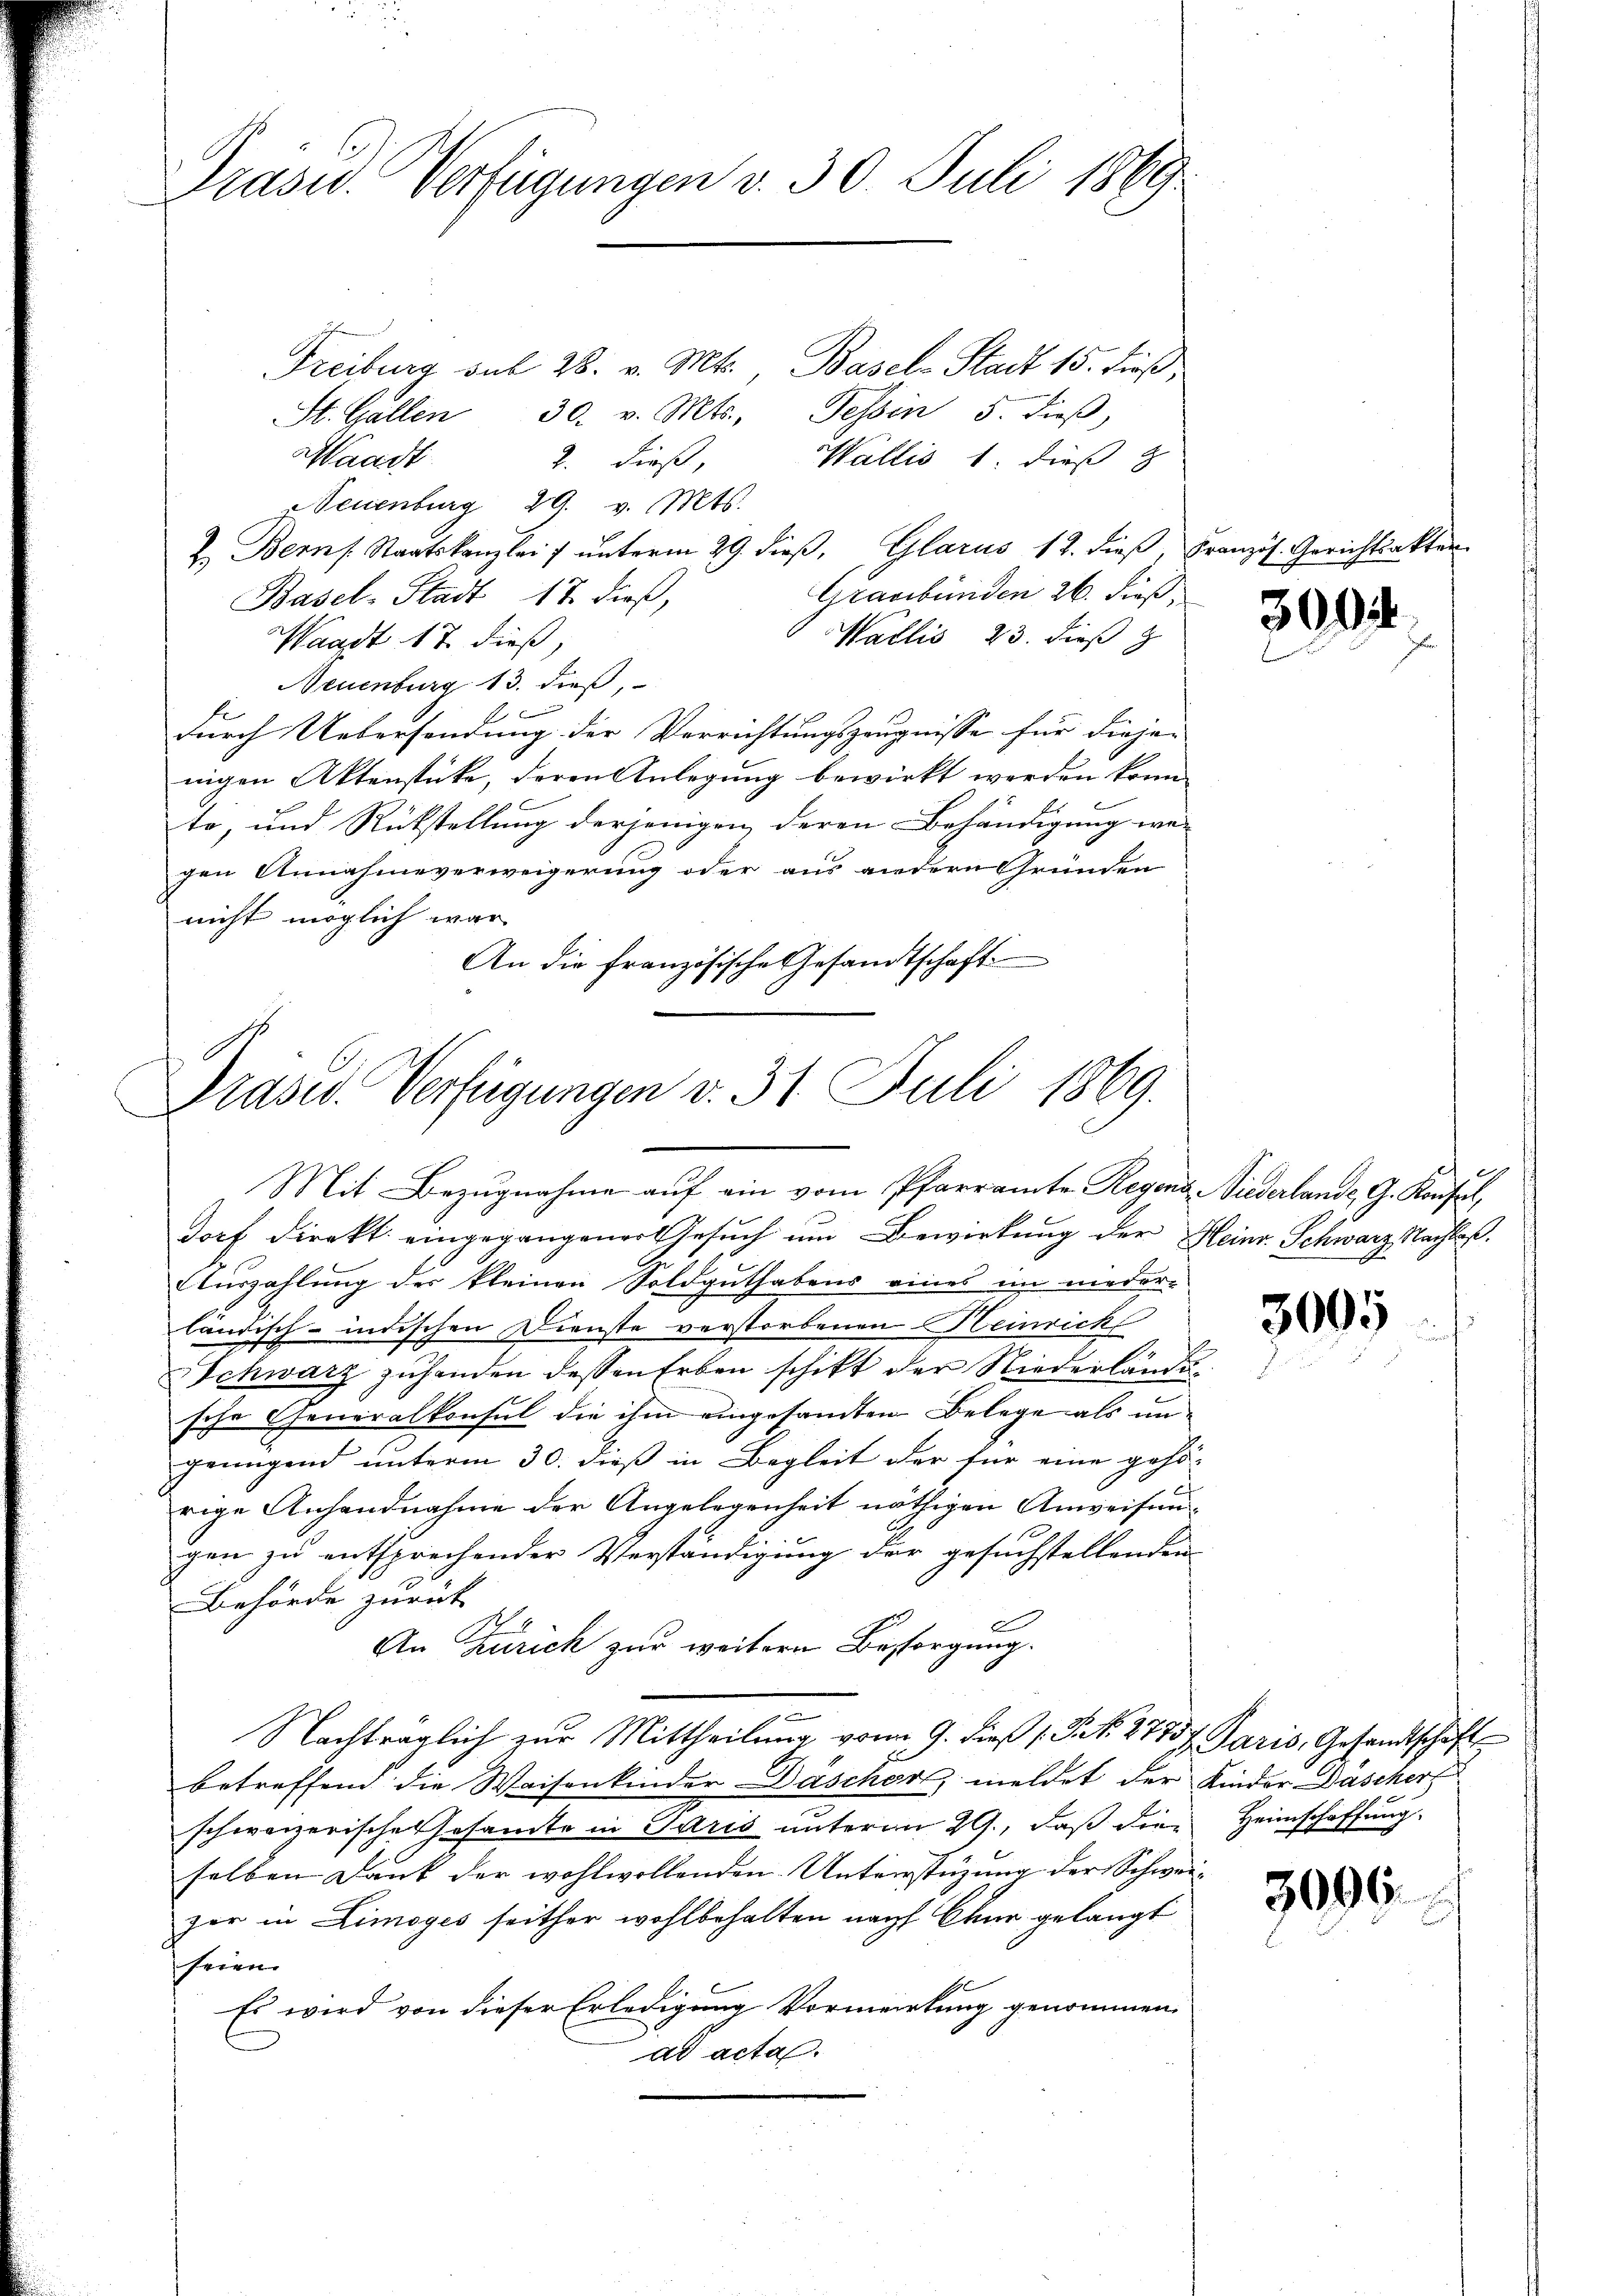
Präsid. Verfügungen v. 30. Juli 1869

Freiburg sub 28. v. Mts., Basel-Stadt 15. dieß
St. Gallen 30. v. Mts. Tessin 5. dieβ,
Waadt 2. dieß,
Wallis 1. dieß
Neuenburg 29. v. Mts.
2. Bern Staatskanzlei ŭnterm 29. dieβ, Glarus 18. dieβ, Französ. Gerichtsakten.
Graubünden 26. dieß
Basel-Stadt 18. dieß,
Wallis, 23. dieß z
Waadt 17. dieß,
Neuenburg 13. dieß,
E
durch Uebersendung der Verrichtungszeugnisse für diesen |
nigen Aktenstücke, deren Anlegung bewirkt werden könn
to, und Rückstellung derjenigen deren Behändigung wei
gen Annahmeverweigerung oder aus andern Gründen
nicht möglich war
An die französische Gesandtschaft

Präsid. Verfügungen v. 31. Juli 1869.
Mit Bezugnahme auf ein vom Pfarramte Regend Niederlande G. Konfel,

orf Direkt eingegangener Gesuch um Bewirkung der Heinr. Schwarz Nachlaß.
Auszahlung der kleinen Soldguthabens eines im nieder-
ländisch-indischen Dienste verstorbenen Heinrick
Schwarz zuhanden dessen Erben schikt der Niederländesche Generalkonsul die ihm eingesamten Belege als un-
genügend unterm 30. dieß in Begleit der für eine gehö-
rige Anhandnahme der Angelegenheit nöthigen Anweisengen zu entsprechender Verständigung der gesuchstellenden
Behörde zurück
An Zürich zur weitern Besorgung.
.
Nachträglich zŭr Mittheilŭng vom 9. dieß (S. 277 f. Paris, Gesandtschaft
betreffend die Waisenkinder Dascher, meldet der Kinder Daschert
schweizerische Gesamte in Paris unterm 29., daß die
selben Dank der wohlwollenden Unterstüzung der Schweizor in Limoges seither wohlbehalten nach Chur gelangt
seien.
Es wird von dieser Erledigung Vormerkung genommen,
ad acta.

3004

3005

Heimschaffung.

3096.